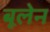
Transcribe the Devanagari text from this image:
बूलेन